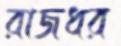
রাজধর